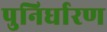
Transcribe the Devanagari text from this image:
पुनिर्धारण